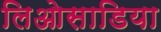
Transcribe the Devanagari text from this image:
लिओसाडिया